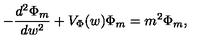
- \frac { d ^ { 2 } \Phi _ { m } } { d w ^ { 2 } } + V _ { \Phi } ( w ) \Phi _ { m } = m ^ { 2 } \Phi _ { m } ,